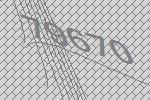
79670